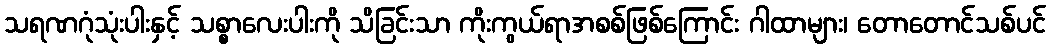
သရဏဂုံသုံးပါးနှင့် သစ္စာလေးပါးကို သိခြင်းသာ ကိုးကွယ်ရာအစစ်ဖြစ်ကြောင်း ဂါထာများ၊ တောတောင်သစ်ပင်